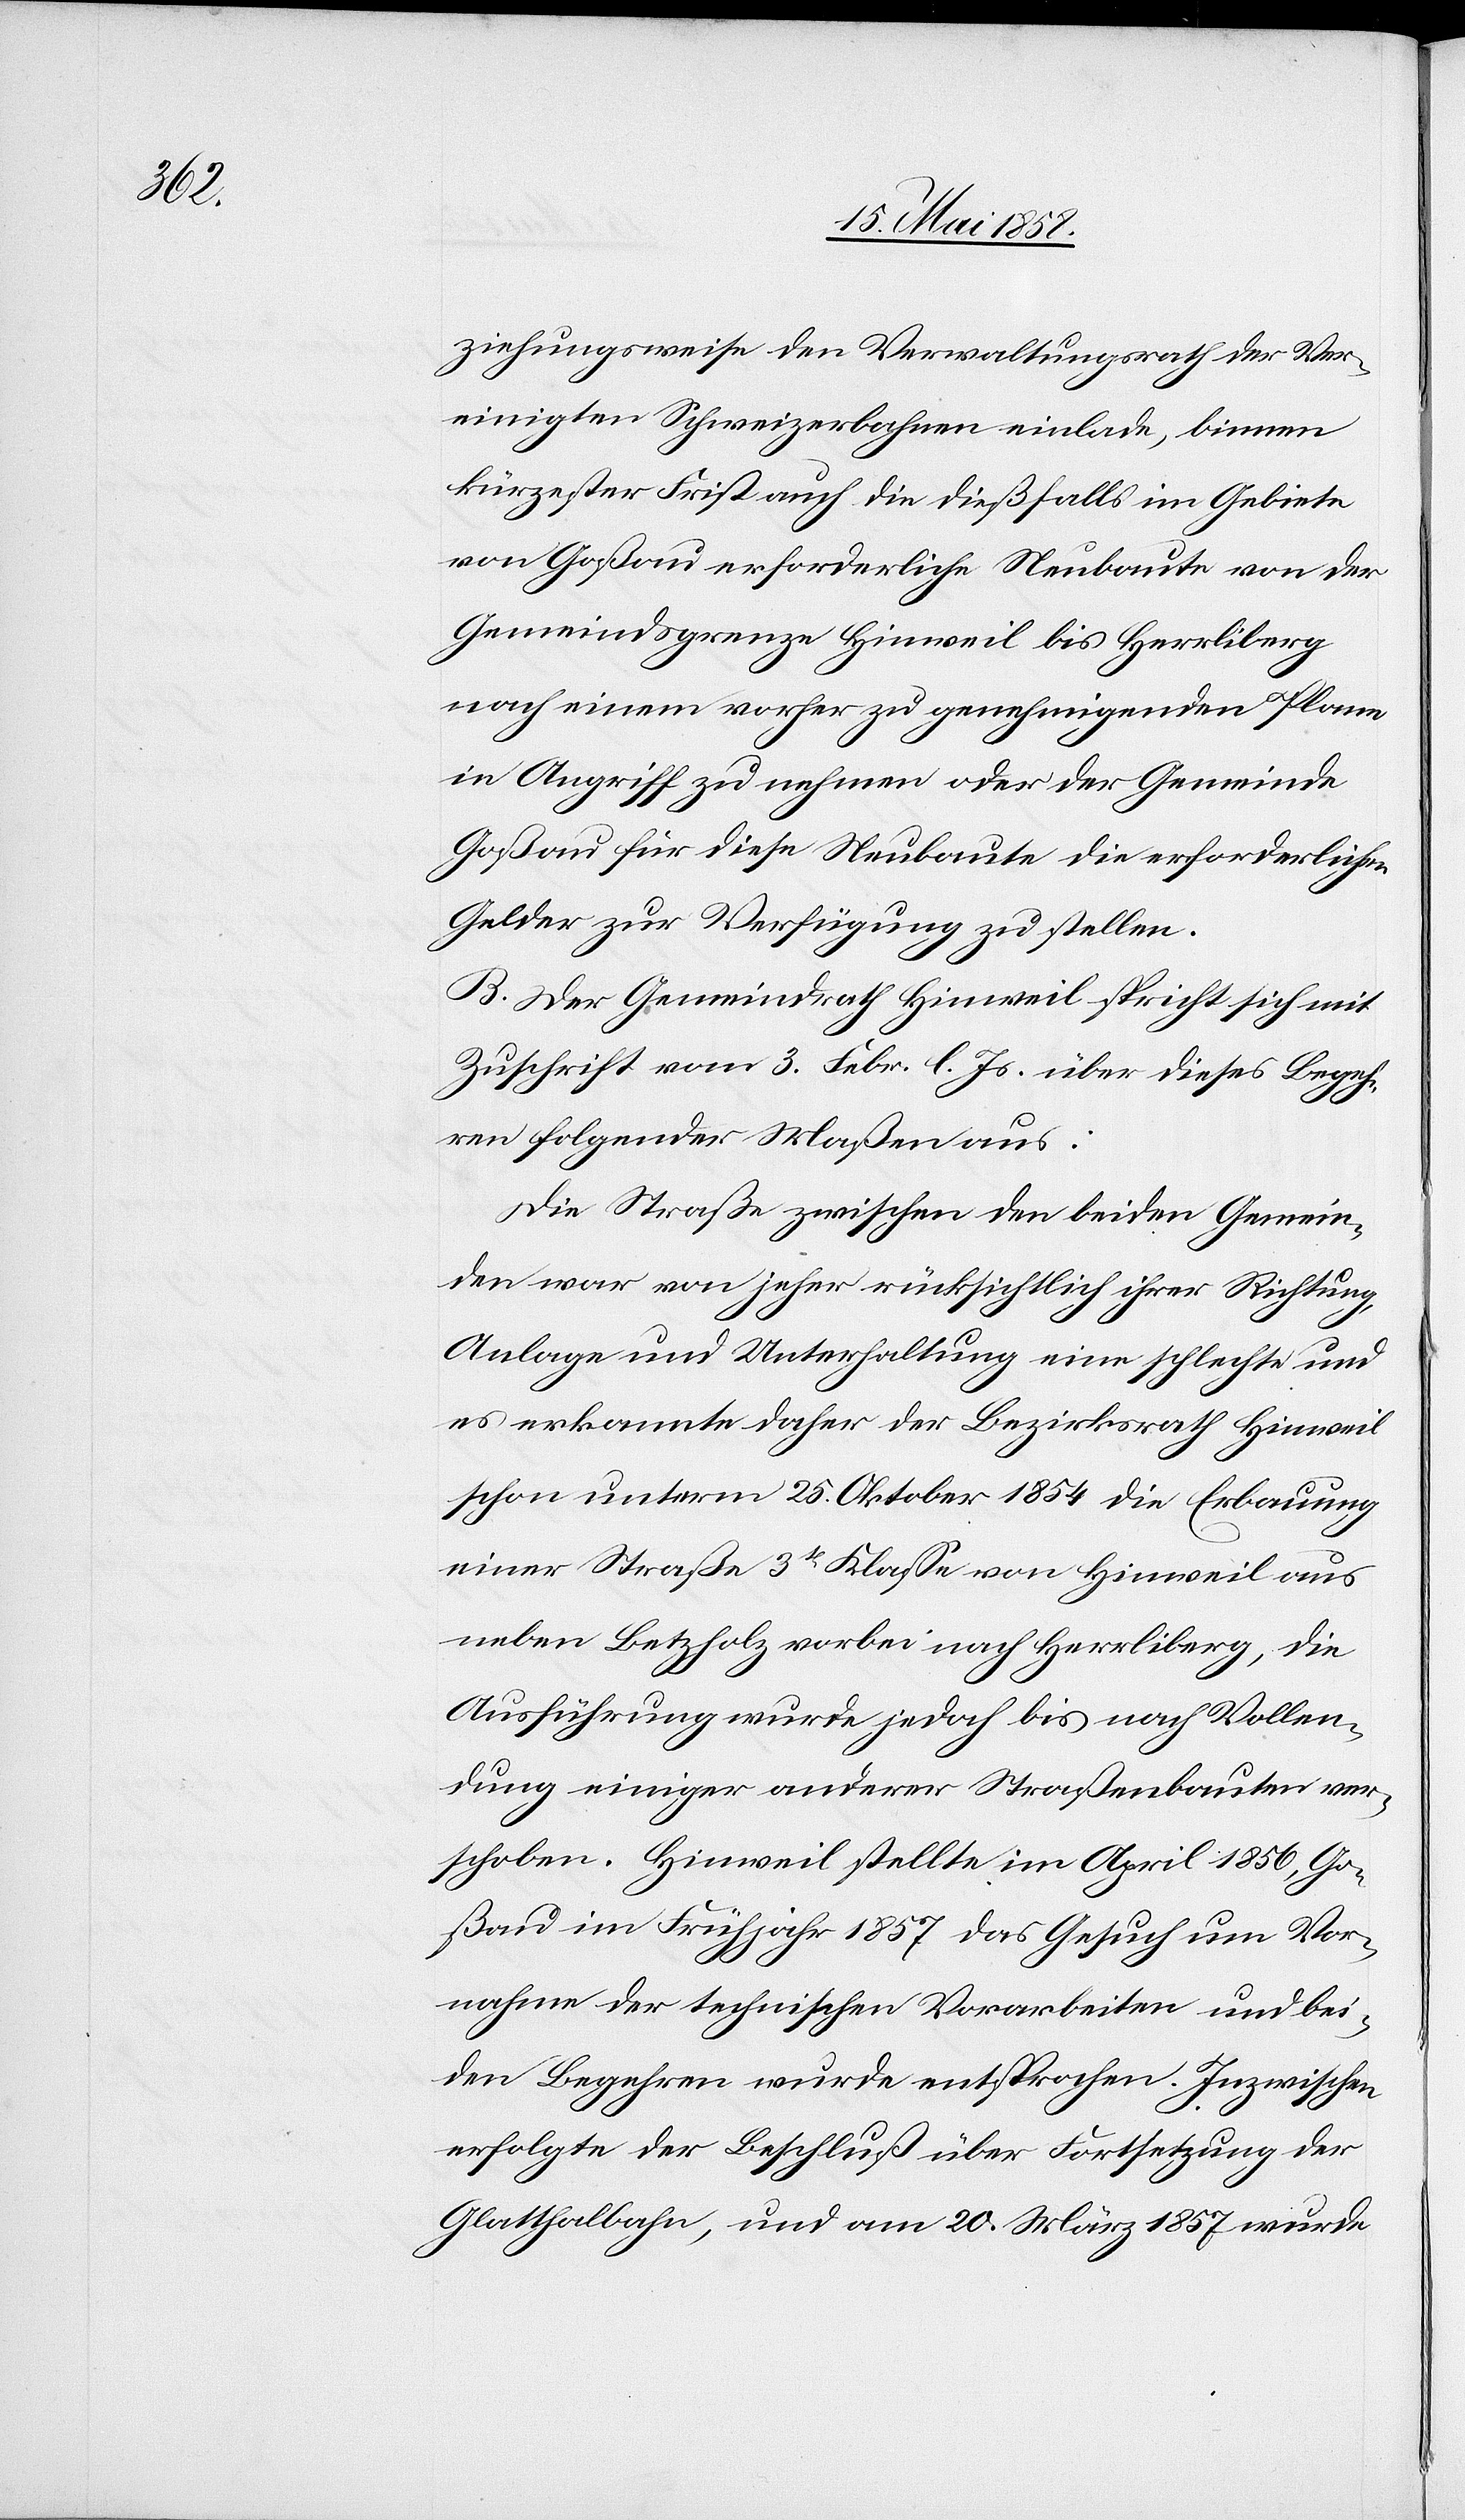
ziehungsweise den Verwaltungsrath der Ver¬
einigten Schweizerbahnen einlade, binnen
kürzester Frist auch die dießfalls im Gebiete
von Goßau erforderliche Neubaute von der
Gemeindsgrenze Hinweil bis Herrliberg
nach einem vorher zu genehmigenden Plane
in Angriff zu nehmen oder der Gemeinde
Goßau für diese Neubaute die erforderlichen
Gelder zur Verfügung zu stellen.
B. Der Gemeindrath Hinweil spricht sich mit
Zuschrift vom 3. Febr. l. Js. über dieses Begeh¬
ren folgender Maßen aus:
Die Straße zwischen den beiden Gemein¬
den war von jeher rücksichtlich ihrer Richtung,
Anlage und Unterhaltung eine schlechte und
es erkannte daher der Bezirksrath Hinweil
schon unterm 25. Oktober 1854 die Erbauung
einer Straße 3tr Klasse von Hinweil aus
neben Betzholz vorbei nach Herrliberg, die
Ausführung wurde jedoch bis nach Vollen¬
dung einiger anderer Straßenbauten ver¬
schoben. Hinweil stellte im April 1856, Go¬
ßau im Frühjahr 1857 das Gesuch um Vor¬
nahme der technischen Vorarbeiten und bei¬
den Begehren wurde entsprochen. Inzwischen
erfolgte der Beschluß über Fortsetzung der
Glatthalbahn, und am 20. März 1857 wurde